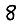
Digit: 8